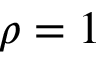
\rho = 1